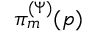
\pi _ { m } ^ { ( \Psi ) } ( p )